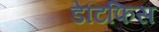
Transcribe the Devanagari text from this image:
डेंटिफिस